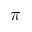
\pi